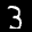
Label: 3